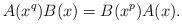
LaTeX: \begin{align*}A(x^q)B(x)=B(x^p)A(x).\end{align*}